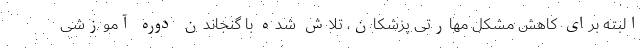
البته برای کاهش مشکل مهارتی پزشکان، تلاش شده با گنجاندن دوره آموزشی